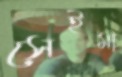
সেইমা